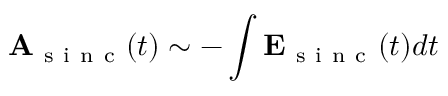
\mathbf { A } _ { \mathrm { ~ s ~ i ~ n ~ c ~ } } ( t ) \sim - \int \mathbf { E } _ { \mathrm { ~ s ~ i ~ n ~ c ~ } } ( t ) d t